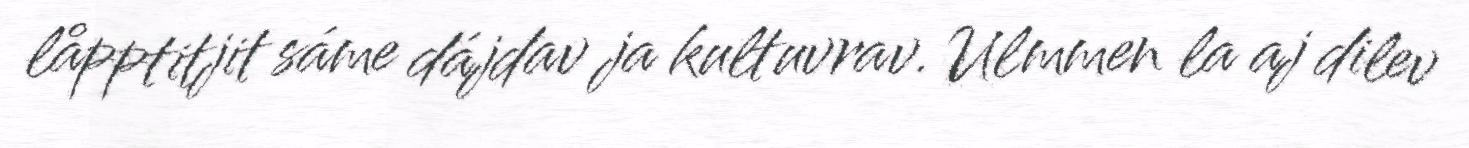
låpptitjit sáme dájdav ja kultuvrav. Ulmmen la aj dilev